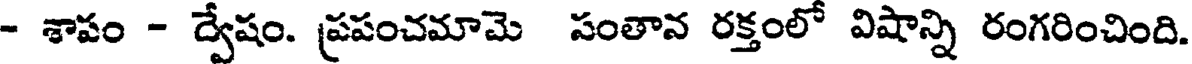
- శాపం - ద్వేషం. ప్రపంచమామె సంతాన రక్తంలో విషాన్ని రంగరించింది.